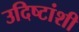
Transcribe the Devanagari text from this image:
उदिष्टांशी